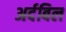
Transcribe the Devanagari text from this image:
अर्दबिल